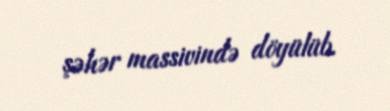
şəhər massivində döyülüb.